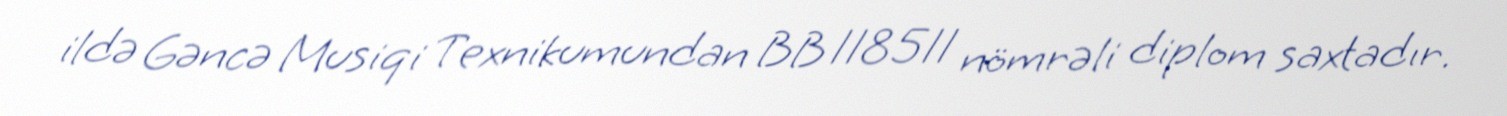
ildə Gəncə Musiqi Texnikumundan BB 118511 nömrəli diplom saxtadır.